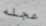
عجله